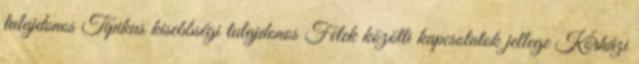
tulajdonos Tipikus kisebbségi tulajdonos Felek közötti kapcsolatok jellege Kórházi